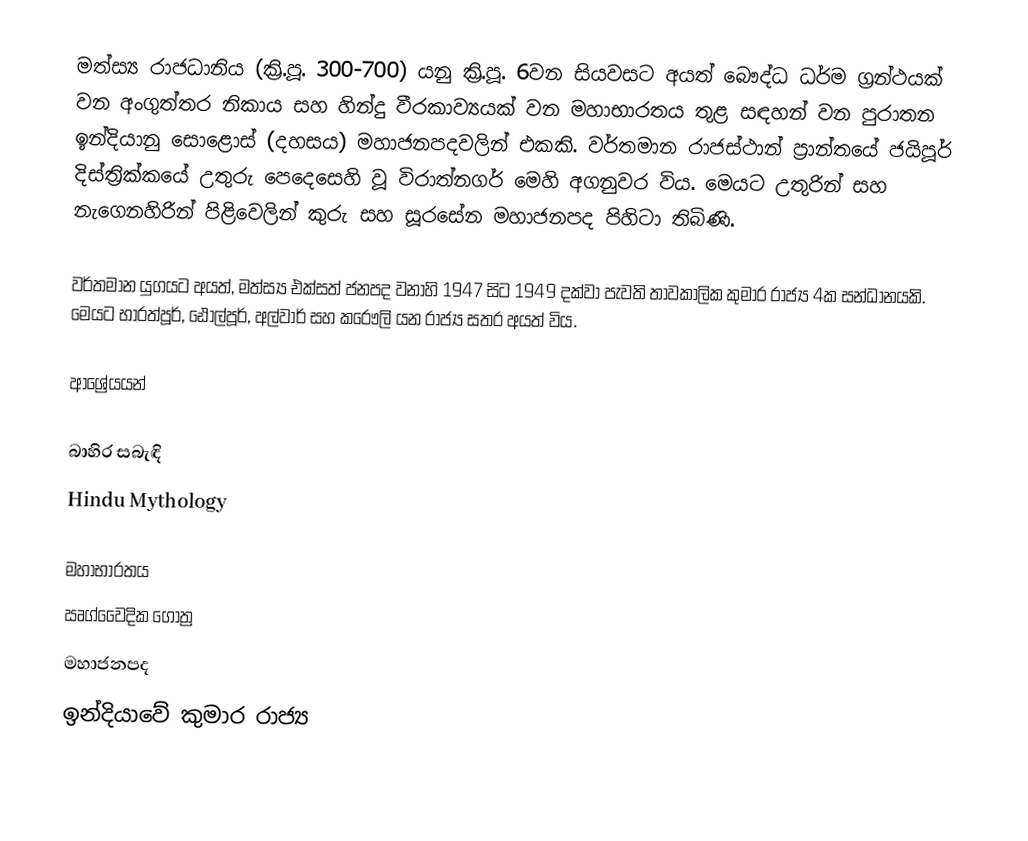
මත්ස්‍ය රාජධානිය (ක්‍රි.පූ. 300-700) යනු ක්‍රි.පූ. 6වන සියවසට අයත් බෞද්ධ ධර්ම ග්‍රන්ථයක් වන අංගුත්තර නිකාය සහ හින්දු වීරකාව්‍යයක් වන මහාභාරතය තුළ සඳහන් වන පුරාතන ඉන්දියානු සොළොස් (දහසය) මහාජනපදවලින් එකකි. වර්තමාන රාජස්ථාන් ප්‍රාන්තයේ ජයිපූර් දිස්ත්‍රික්කයේ උතුරු පෙදෙසෙහි වූ විරාත්නගර් මෙහි අගනුවර විය. මෙයට උතුරින් සහ නැගෙනහිරින් පිළිවෙලින් කුරු සහ සූරසේන මහාජනපද පිහිටා තිබිණි.

වර්තමාන ‍යුගයට අයත්, මත්ස්‍ය එක්සත් ජනපද වනාහි 1947 සිට 1949 දක්වා පැවති තාවකාලික කුමාර රාජ්‍ය 4ක සන්ධානයකි. මෙයට භාරත්පූර්, ඪෝල්පූර්, අල්වාර් සහ කරෞලි යන රාජ්‍ය සතර අයත් විය.

ආශ්‍රේයයන්

බාහිර සබැඳි
 Hindu Mythology

මහාභාරතය
ඍග්වෛදික ගෝත්‍ර
මහාජනපද
ඉන්දියාවේ කුමාර රාජ්‍ය